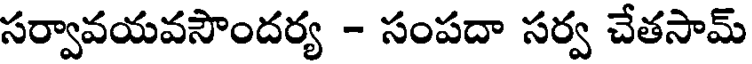
సర్వావయవసౌందర్య - సంపదా సర్వ చేతసామ్